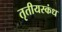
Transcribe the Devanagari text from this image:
तृतीयस्कंध